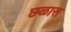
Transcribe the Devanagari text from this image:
छळास